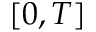
[ 0 , T ]